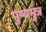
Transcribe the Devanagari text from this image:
पुष्यमुत्र